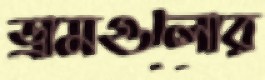
ড্রামগুলোর